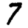
Digit: 7